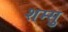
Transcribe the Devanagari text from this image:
शम्सु